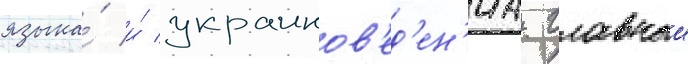
языка́ и́ украинов'ед'ен'иа. главныи